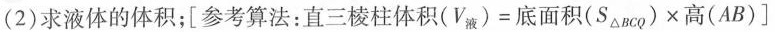
(2)求液体的体积；[参考算法：$$直 三 棱 柱 体 积 ( V _ { 液 } ) = 底 面 积 ( S _{ △B C Q } ) \times 高 ( A B )$$]